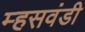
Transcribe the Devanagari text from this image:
म्हसवंडी